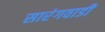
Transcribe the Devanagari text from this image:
सारंगवाडी